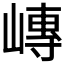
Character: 𪩍